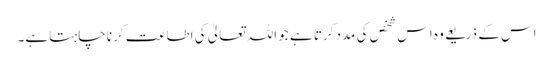
اس کے ذریعے وہ اس شخص کی مدد کرتا ہے جو اللہ تعالیٰ کی اطاعت کرنا چاہتا ہے۔